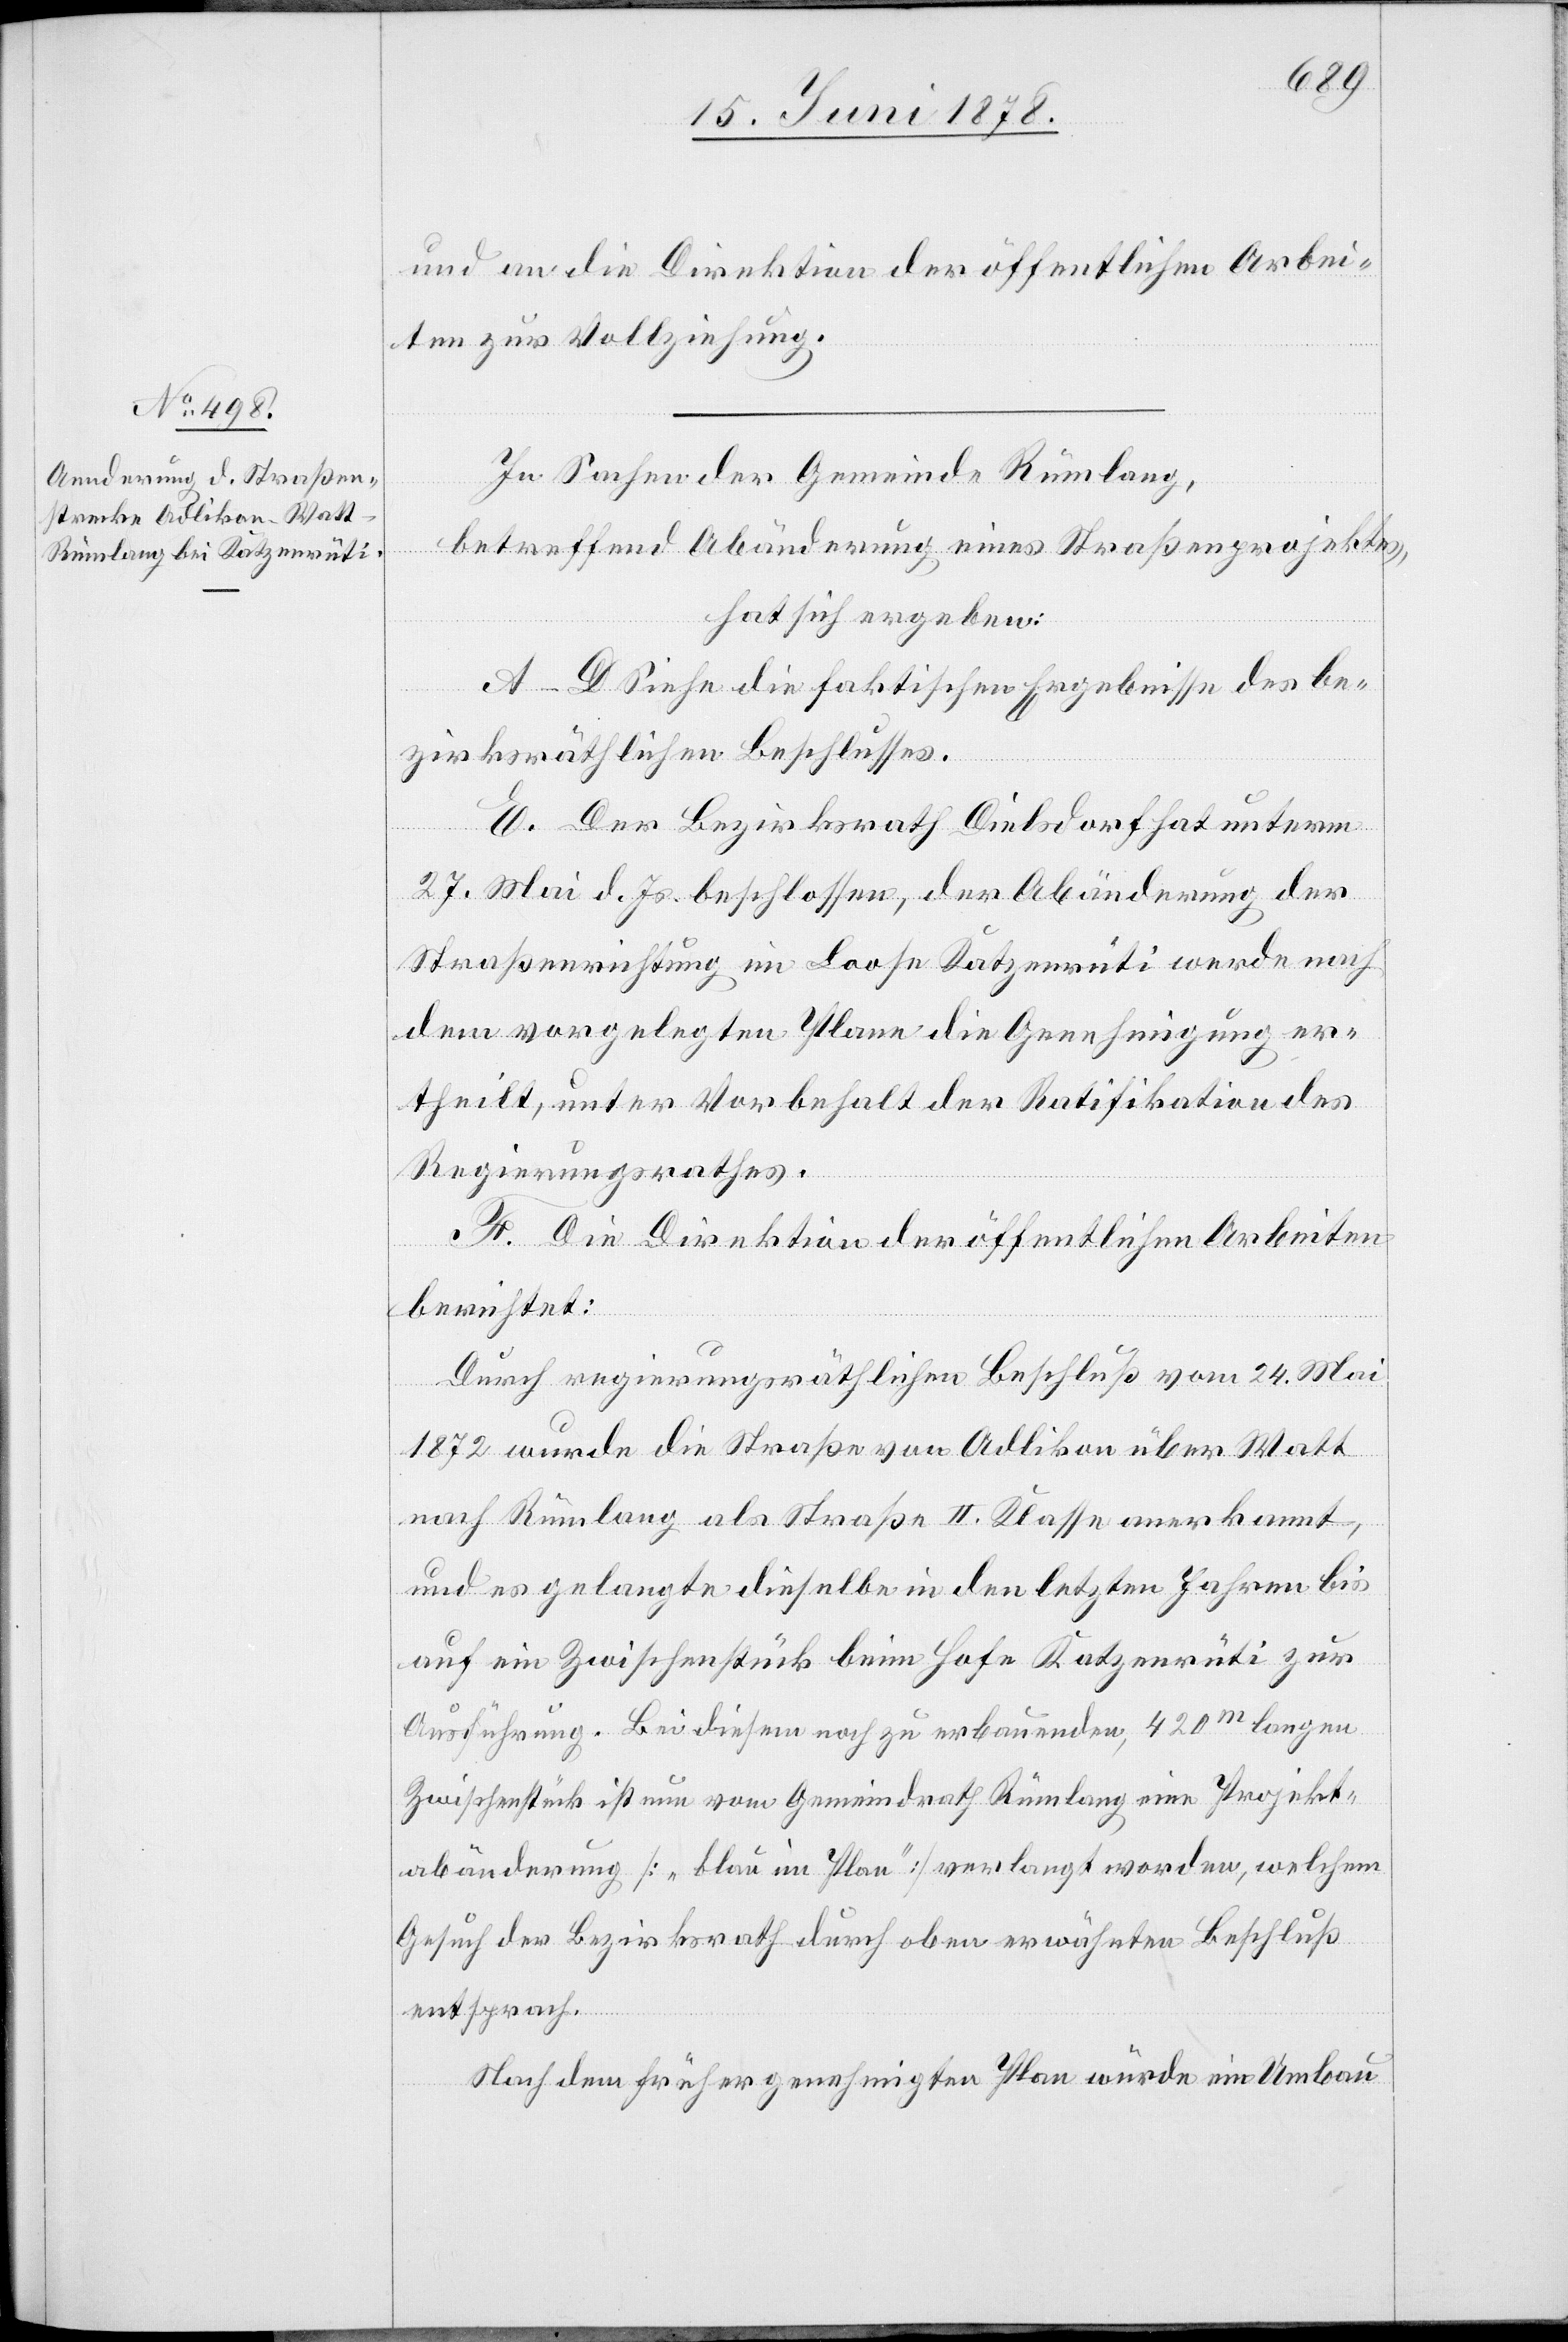
und an die Direktion der öffentlichen Arbei¬
ten zur Vollziehung.
In Sachen der Gemeinde Rümlang,
betreffend Abänderung eines Straßenprojektes,
hat sich ergeben:
A–D Siehe die faktischen Ergebnisse des be¬
zirksräthlichen Beschlusses.
E. Der Bezirksrath Dielsdorf hat unterm
27. Mai d. Js. beschlossen, der Abänderung der
Straßenrichtung im Loose Katzenrüti werde nach
dem vorgelegten Plane die Genehmigung er¬
theilt, unter Vorbehalt der Ratifikation des
Regierungsrathes.
F. Die Direktion der öffentlichen Arbeiten
berichtet:
Durch regierungsräthlichen Beschluß vom 24. Mai
1872 wurde die Straße von Adlikon über Watt
nach Rümlang als Straße II. Klasse anerkannt,
und es gelangte dieselbe in den letzten Jahren bis
auf ein Zwischenstück beim Hofe Katzenrüti zur
Ausführung. Bei diesem noch zu erbauenden, 420m langen
Zwischenstück ist nun vom Gemeindrath Rümlang eine Projekt¬
abänderung [„blau im Plan“] verlangt worden, welchem
Gesuch der Bezirksrath durch oben erwähnten Beschluß
entsprach.
Nach dem früher genehmigten Plan würde ein Umbau